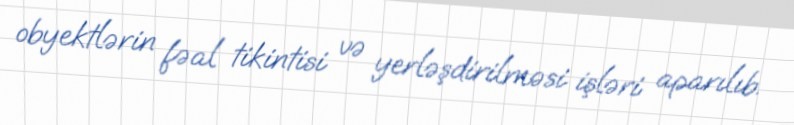
obyektlərin fəal tikintisi və yerləşdirilməsi işləri aparılıb.